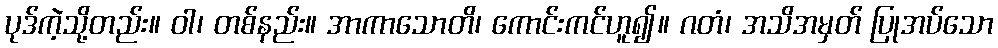
ပုဒ်ကဲ့သို့တည်း။ ဝါ၊ တစ်နည်း။ အာကာသောတိ၊ ကောင်းကင်ဟူ၍။ ဂတံ၊ အသိအမှတ် ပြုအပ်သော